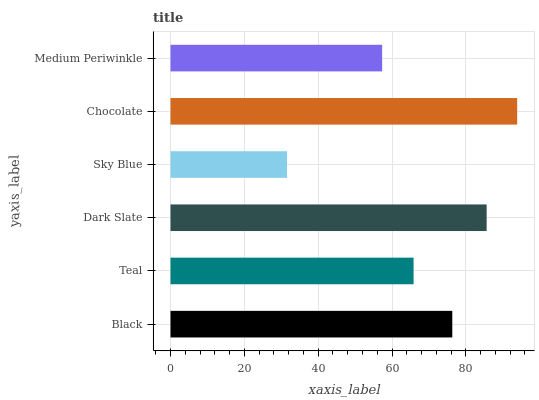
| yaxis_label | bars |
 | --- | --- |
 | Black | 76.3 |
 | Teal | 65.8 |
 | Dark Slate | 85.6 |
 | Sky Blue | 31.6 |
 | Chocolate | 93.9 |
 | Medium Periwinkle | 57.3 |